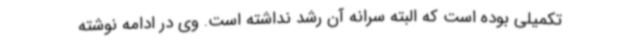
تکمیلی بوده است که البته سرانه آن رشد نداشته است. وی در ادامه نوشته